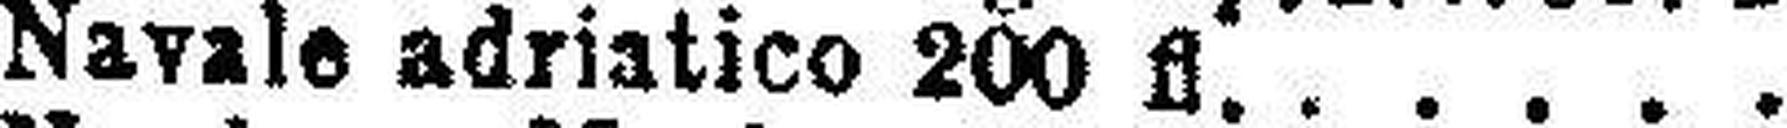
Navale adriatico 200 fl.